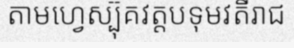
តាមហ្វេស្ប៊ុគវត្តបទុមវតីរាជ